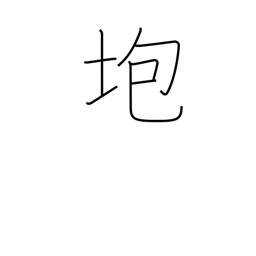
Meaning: collapse